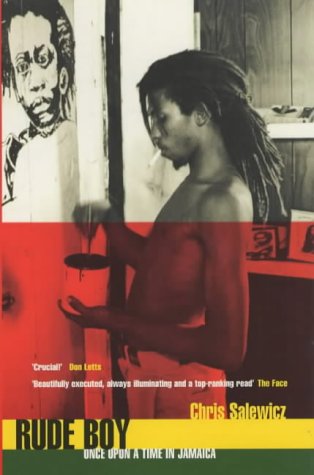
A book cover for Rude Boy: Once Upon a Time in Jamaica; Chris Salewicz; Travel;